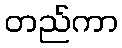
တည်ကာ